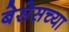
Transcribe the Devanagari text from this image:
बेसेसच्या